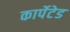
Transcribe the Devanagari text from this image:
कार्पेटेड